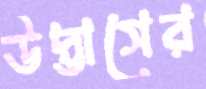
উদ্ভাসের